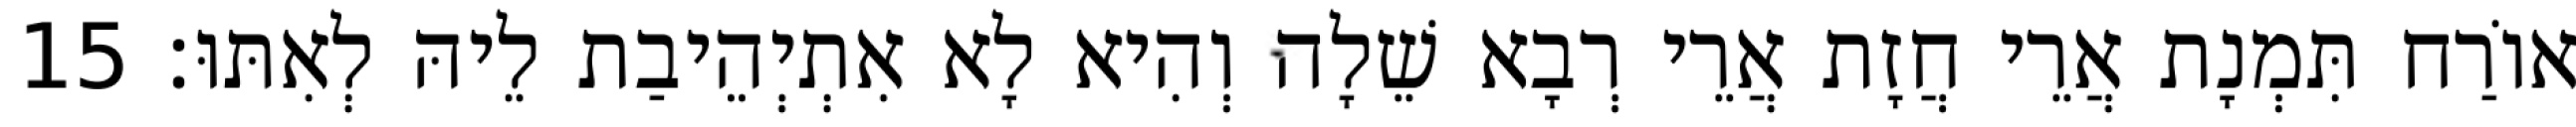
אוֹרַח תִּמְנָת אֲרֵי חֲזָת אֲרֵי רְבָא שֵׁלָה וְהִיא לָא אִתְיְהֵיבַת לֵיהּ לְאִתּוּ׃ 15